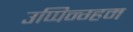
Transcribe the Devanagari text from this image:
उप्पिन्ग्हम